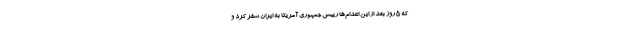
که 5 روز بعد از این اعدام‌ها رییس جمهوری آمریکا به ایران سفر کرد و